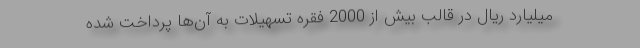
میلیارد ریال در قالب بیش از 2000 فقره تسهیلات به آن‌ها پرداخت شده